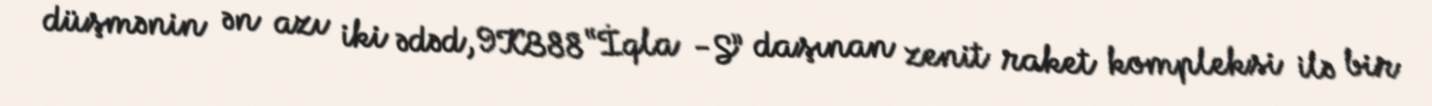
düşmənin ən azı iki ədəd, 9K388 “İqla -S” daşınan zenit raket kompleksi ilə bir